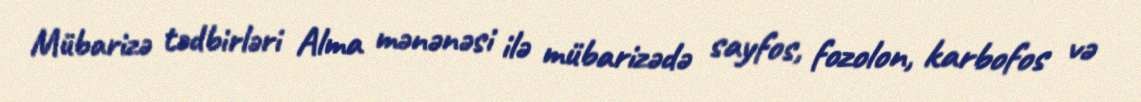
Mübarizə tədbirləri Alma mənənəsi ilə mübarizədə sayfos, fozolon, karbofos və